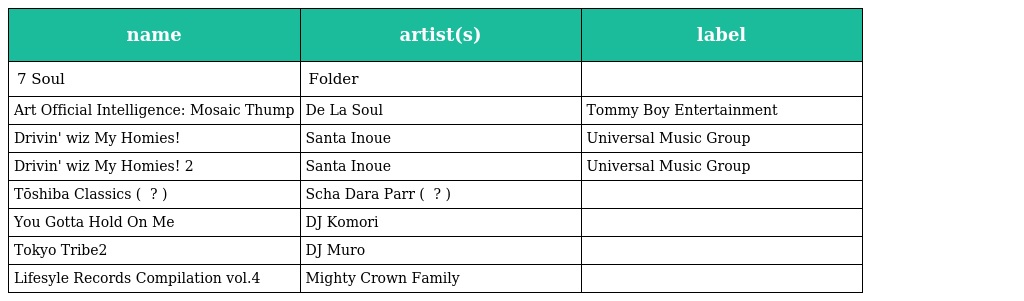
| name | artist(s) | label |
 | --- | --- | --- |
 | 7 Soul | Folder |  |
 | Art Official Intelligence: Mosaic Thump | De La Soul | Tommy Boy Entertainment |
 | Drivin' wiz My Homies! | Santa Inoue | Universal Music Group |
 | Drivin' wiz My Homies! 2 | Santa Inoue | Universal Music Group |
 | Tōshiba Classics ( 東芝クラシックス ? ) | Scha Dara Parr ( スチャダラパー ? ) |  |
 | You Gotta Hold On Me | DJ Komori |  |
 | Tokyo Tribe2 | DJ Muro |  |
 | Lifesyle Records Compilation vol.4 | Mighty Crown Family |  |